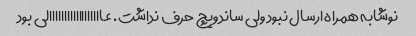
نوشابه همراه ارسال نبود ولی ساندویچ حرف نداشت. عاااااااااااااااااالی بود